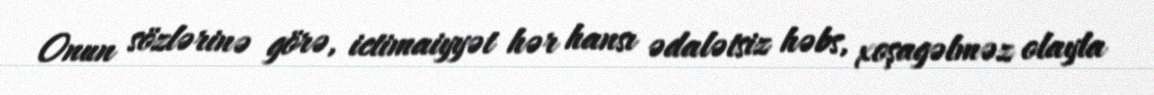
Onun sözlərinə görə, ictimaiyyət hər hansı ədalətsiz həbs, xoşagəlməz olayla